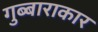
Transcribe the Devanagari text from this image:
गुब्बाराकार